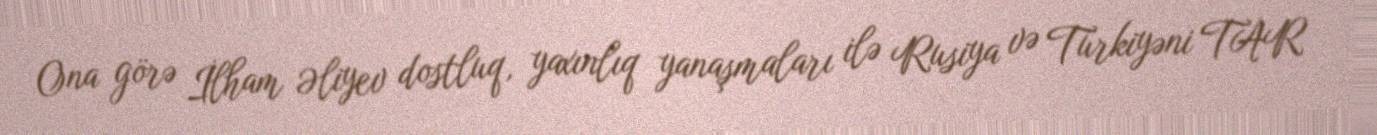
Ona görə İlham Əliyev dostluq, yaxınlıq yanaşmaları ilə Rusiya və Türkiyəni TAR